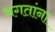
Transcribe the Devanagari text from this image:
भगतांना